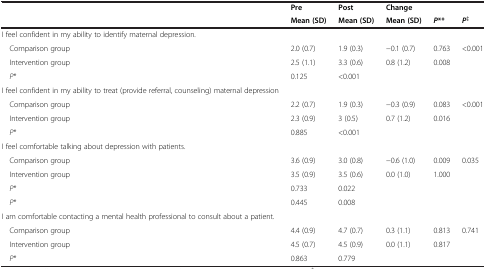
<table><thead><tr><td><b> </b></td><td><b>Pre</b></td><td><b>Post</b></td><td><b>Change</b></td><td><b> </b></td><td><b> </b></td></tr><tr><td><b> </b></td><td><b>Mean (SD)</b></td><td><b>Mean (SD)</b></td><td><b>Mean (SD)</b></td><td><b><i>P</i>**</b></td><td><b><i>P</i><sup>‡</sup></b></td></tr></thead><tbody><tr><td>I feel confident in my ability to identify maternal depression.</td><td> </td><td> </td><td> </td><td> </td><td> </td></tr><tr><td> Comparison group</td><td>2.0 (0.7)</td><td>1.9 (0.3)</td><td>−0.1 (0.7)</td><td>0.763</td><td>&lt;0.001</td></tr><tr><td> Intervention group</td><td>2.5 (1.1)</td><td>3.3 (0.6)</td><td>0.8 (1.2)</td><td>0.008</td><td> </td></tr><tr><td> <i>P</i>*</td><td>0.125</td><td>&lt;0.001</td><td> </td><td> </td><td> </td></tr><tr><td>I feel confident in my ability to treat (provide referral, counseling) maternal depression</td><td> </td><td> </td><td> </td><td> </td><td> </td></tr><tr><td> Comparison group</td><td>2.2 (0.7)</td><td>1.9 (0.3)</td><td>−0.3 (0.9)</td><td>0.083</td><td>&lt;0.001</td></tr><tr><td> Intervention group</td><td>2.3 (0.9)</td><td>3 (0.5)</td><td>0.7 (1.2)</td><td>0.016</td><td> </td></tr><tr><td> <i>P</i>*</td><td>0.885</td><td>&lt;0.001</td><td> </td><td> </td><td> </td></tr><tr><td>I feel comfortable talking about depression with patients.</td><td> </td><td> </td><td> </td><td> </td><td> </td></tr><tr><td> Comparison group</td><td>3.6 (0.9)</td><td>3.0 (0.8)</td><td>−0.6 (1.0)</td><td>0.009</td><td>0.035</td></tr><tr><td> Intervention group</td><td>3.5 (0.9)</td><td>3.5 (0.6)</td><td>0.0 (1.0)</td><td>1.000</td><td> </td></tr><tr><td> <i>P</i>*</td><td>0.733</td><td>0.022</td><td> </td><td> </td><td> </td></tr><tr><td> <i>P</i>*</td><td>0.445</td><td>0.008</td><td> </td><td> </td><td> </td></tr><tr><td>I am comfortable contacting a mental health professional to consult about a patient.</td><td> </td><td> </td><td> </td><td> </td><td> </td></tr><tr><td> Comparison group</td><td>4.4 (0.9)</td><td>4.7 (0.7)</td><td>0.3 (1.1)</td><td>0.813</td><td>0.741</td></tr><tr><td> Intervention group</td><td>4.5 (0.7)</td><td>4.5 (0.9)</td><td>0.0 (1.1)</td><td>0.817</td><td> </td></tr><tr><td> <i>P</i>*</td><td>0.863</td><td>0.779</td><td> </td><td> </td><td> </td></tr></tbody></table>